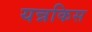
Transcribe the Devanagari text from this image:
यन्नकिस